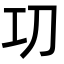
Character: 㓛